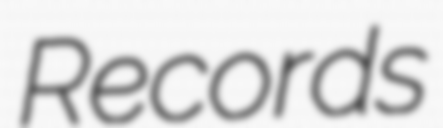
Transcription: Records